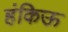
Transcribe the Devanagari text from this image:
हंकिऊ